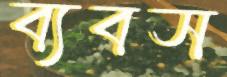
ব্যবস